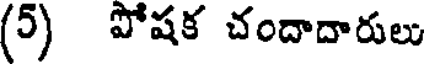
(5) పోషక చందాదారులు